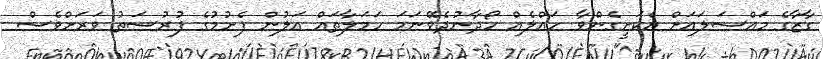
ގާޒާގެ މައްސަލައަށް އެކަށީގެންވާ ހައްލެއް ހޯދާނުދެވޭނަމަ ހަމަލާތައް އަލުން ފެށުމުގެ ފުރުސަތު ވަރަށްވެސް